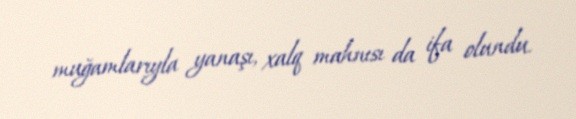
muğamlarıyla yanaşı, xalq mahnısı da ifa olundu.